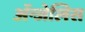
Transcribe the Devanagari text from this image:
ॲन्जेलिस